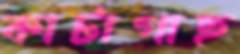
কাটাগাছ